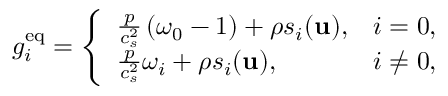
g _ { i } ^ { \mathrm { e q } } = \left\{ \begin{array} { l l } { \frac { p } { c _ { s } ^ { 2 } } \left( \omega _ { 0 } - 1 \right) + \rho s _ { i } ( \mathbf { u } ) , } & { i = 0 , } \\ { \frac { p } { c _ { s } ^ { 2 } } \omega _ { i } + \rho s _ { i } ( \mathbf { u } ) , } & { i \neq 0 , } \end{array} \right.